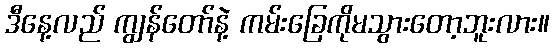
ဒီနေ့လည် ကျွန်တော်နဲ့ ကမ်းခြေကိုမသွားတော့ဘူးလား။